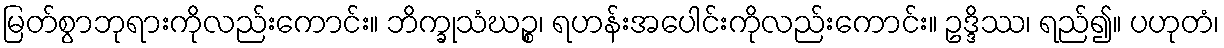
မြတ်စွာဘုရားကိုလည်းကောင်း။ ဘိက္ခုသံဃဉ္စ၊ ရဟန်းအပေါင်းကိုလည်းကောင်း။ ဥဒ္ဒိဿ၊ ရည်၍။ ပဟုတံ၊